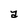
Character: a